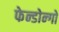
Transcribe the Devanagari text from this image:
फेन्डोन्गो